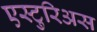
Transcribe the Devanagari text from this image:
एस्टुरिअस